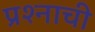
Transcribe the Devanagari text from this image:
प्रश्‍नाची